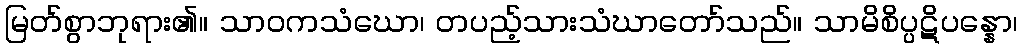
မြတ်စွာဘုရား၏။ သာဝကသံဃော၊ တပည့်သားသံဃာတော်သည်။ သာမိစိပ္ပဋိပန္နော၊